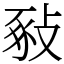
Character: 𢽚